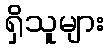
ရှိသူများ